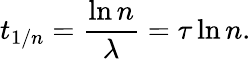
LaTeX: t_{1/n}={\frac{\ln n}{\lambda}}=\tau\ln n.